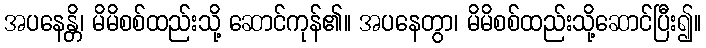
အပနေန္တိ၊ မိမိစစ်ထည်းသို့ ဆောင်ကုန်၏။ အပနေတွာ၊ မိမိစစ်ထည်းသို့ဆောင်ပြီး၍။